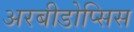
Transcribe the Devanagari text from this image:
अरबीडोप्सिस